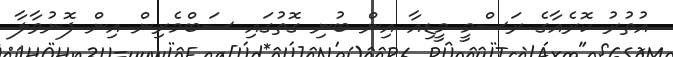
އުތުރު ކޮރެއާގެ ރަސްމީ މީޑިއާ އިން ބުނި ގޮތުގައި ސަބްމެރިން އިން ފޮނުވާލާ